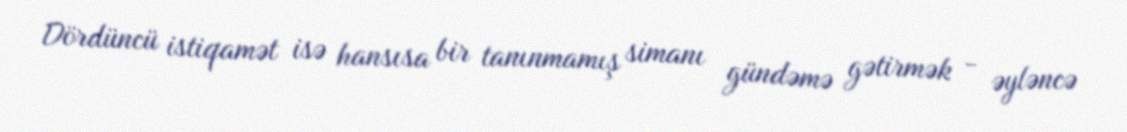
Dördüncü istiqamət isə hansısa bir tanınmamış simanı gündəmə gətirmək - əyləncə